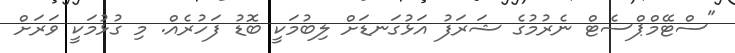
"ސްޓޭމްޕްސެޓް ނެރުމުގެ ޝަރަފު އަޅުގަނޑަށް ލިބުމަކީ ބޮޑު ފަހުރެއް. މި ގުޅުމަކީ ވަރަށް